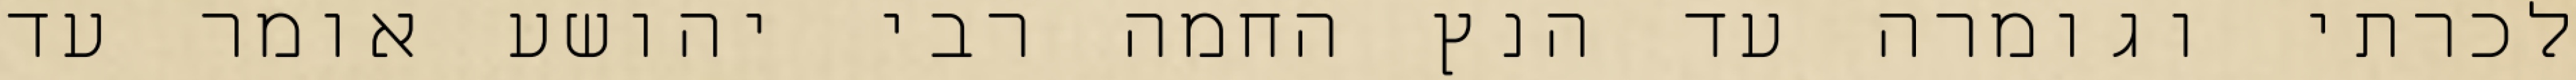
לכרתי וגומרה עד הנץ החמה רבי יהושע אומר עד